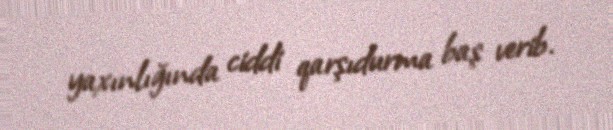
yaxınlığında ciddi qarşıdurma baş verib.